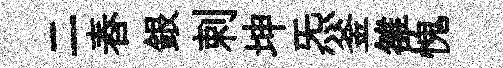
二舂銀剌坤炁釜雒愧